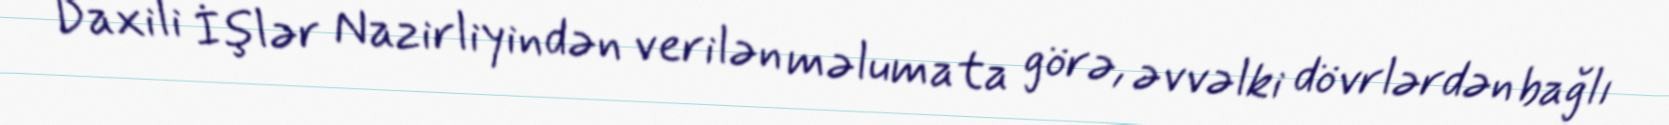
Daxili İşlər Nazirliyindən verilən məlumata görə, əvvəlki dövrlərdən bağlı